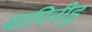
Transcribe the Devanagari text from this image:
बापिनीडु